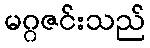
မဂ္ဂဇင်းသည်